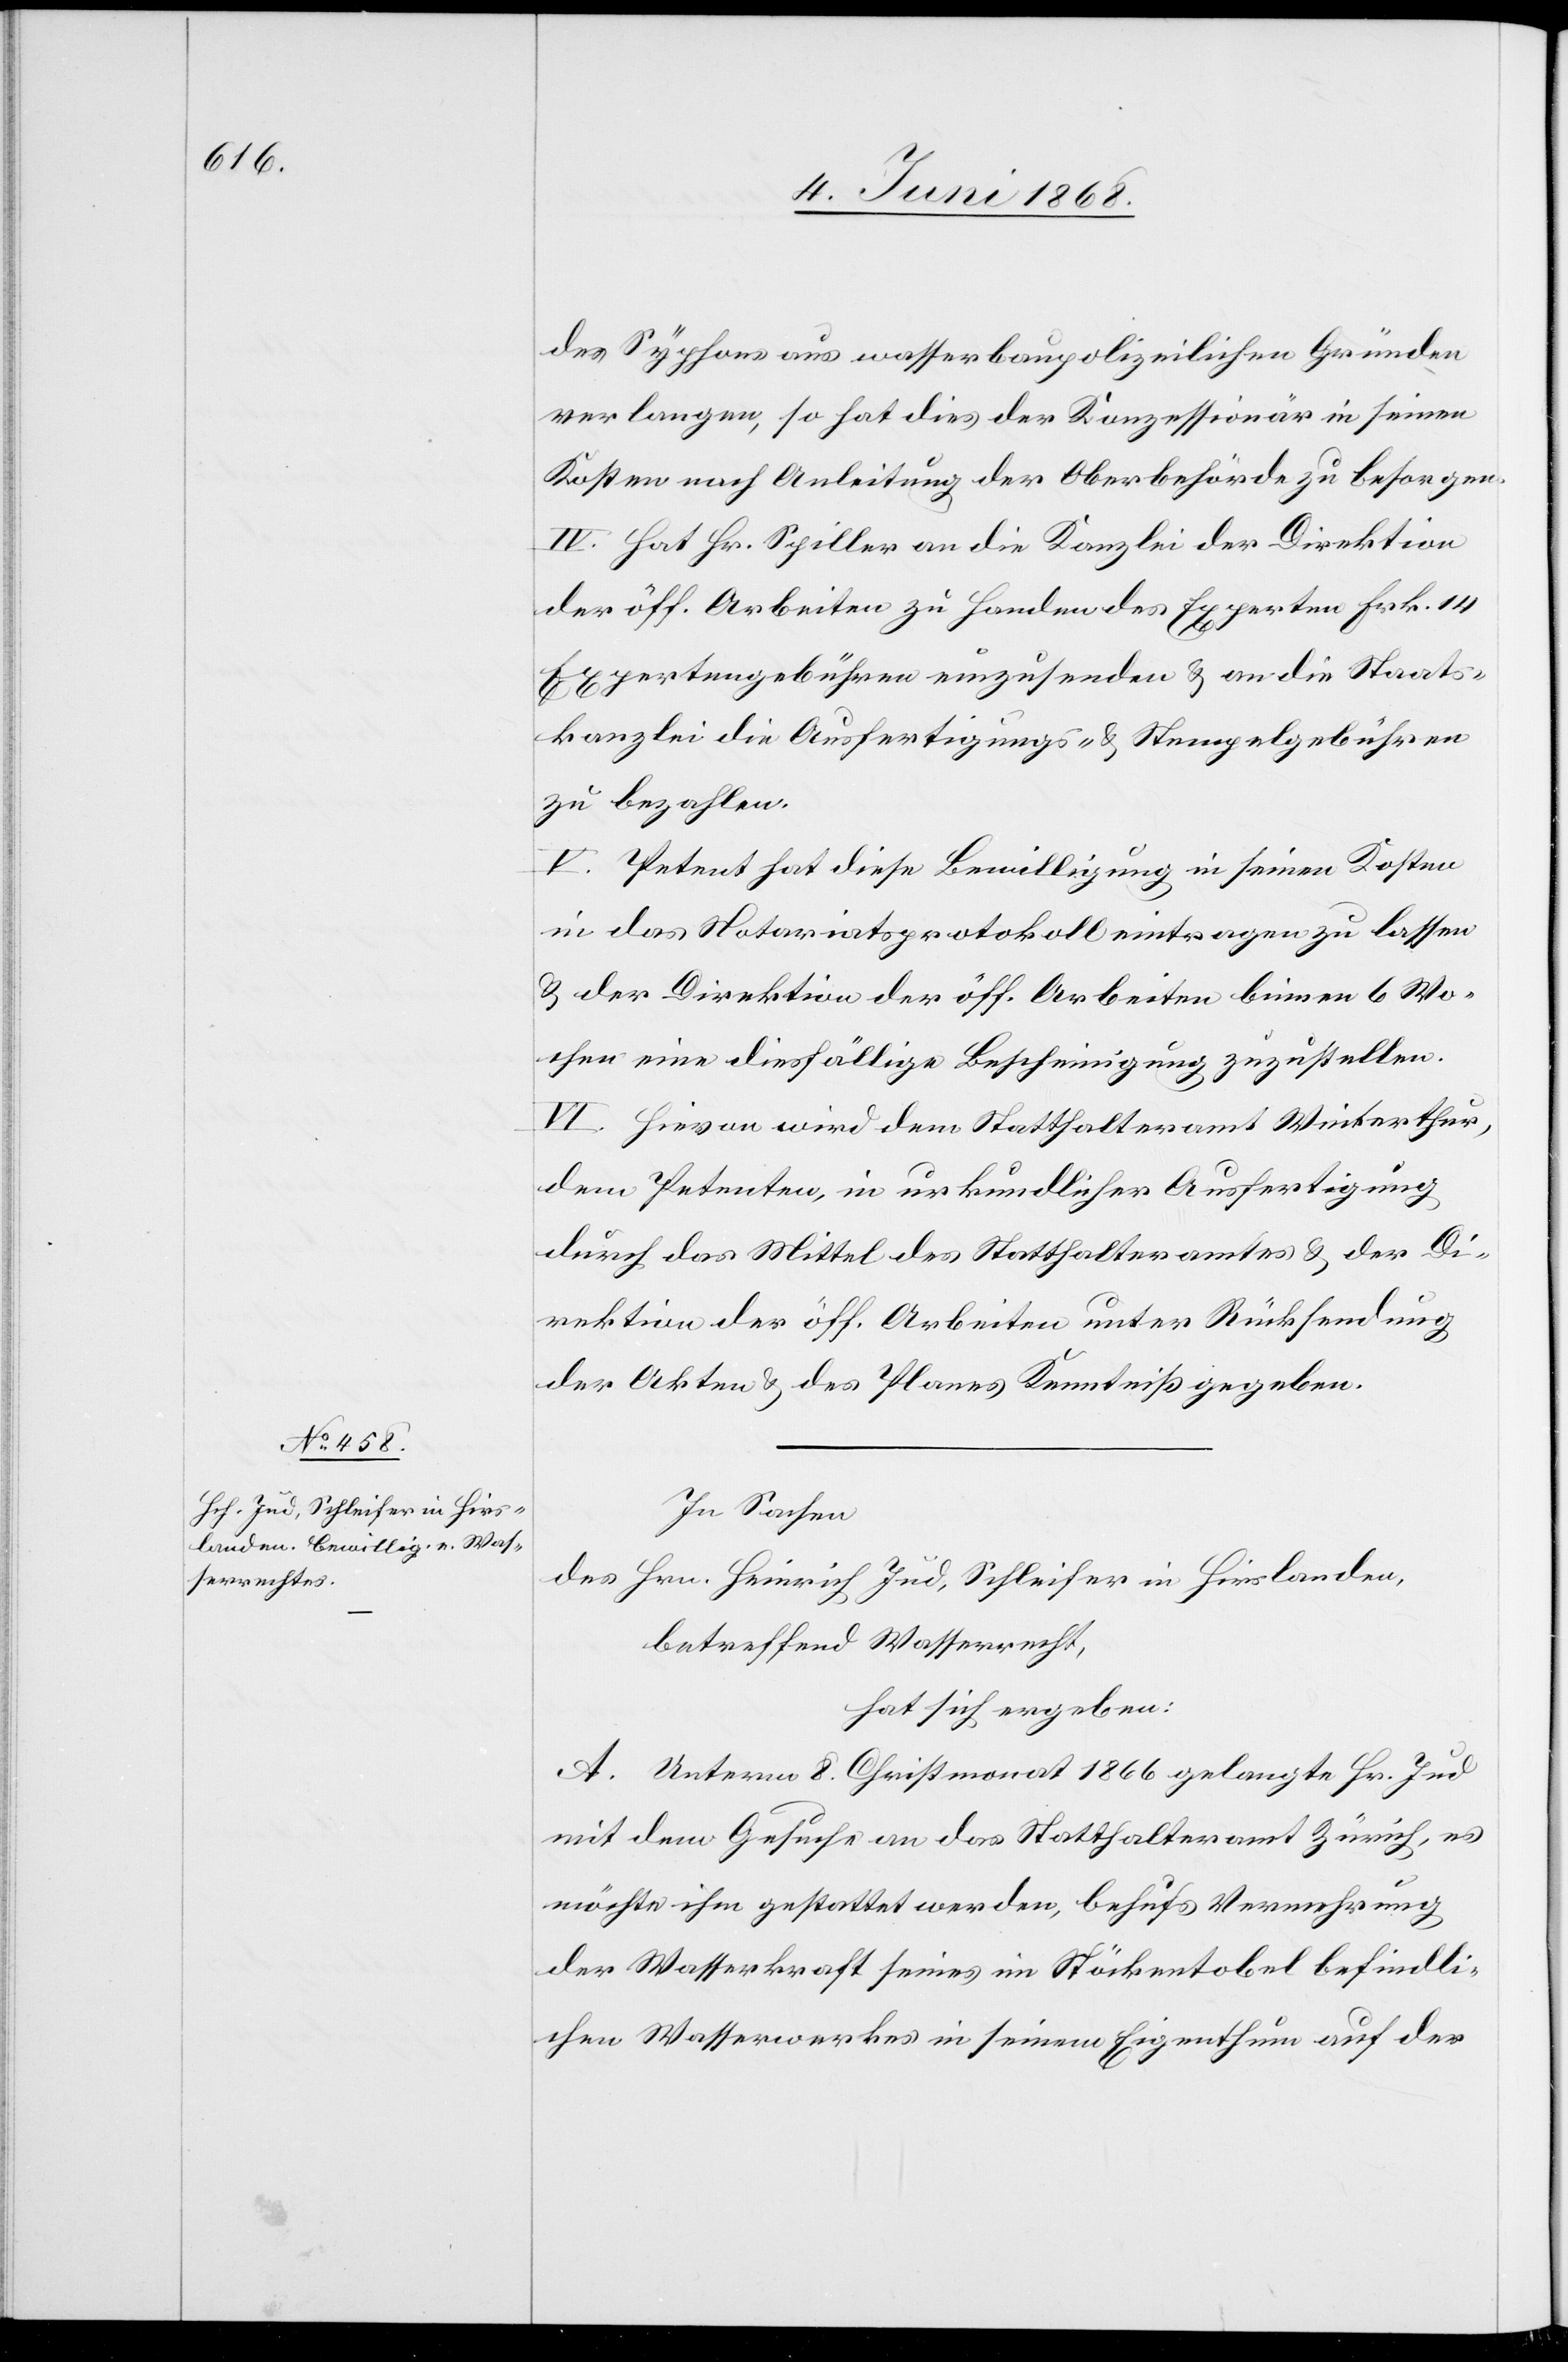
des Syphons aus wasserbaupolizeilichen Gründen
verlangen, so hat dies der Konzessionär in seinen
Kosten nach Anleitung der Oberbehörde zu besorgen.
IV. Hat Hr. Spiller an die Kanzlei der Direktion
der öff. Arbeiten zu Handen des Experten Frk. 14
Expertengebühren einzusenden & an die Staats¬
kanzlei die Ausfertigungs- & Stempelgebühren
zu bezahlen.
V. Petent hat diese Bewilligung in seinen Kosten
in das Notariatsprotokoll eintragen zu lassen
& der Direktion der öff. Arbeiten binnen 6 Wo¬
chen eine diesfällige Bescheinigung zuzustellen.
VI. Hievon wird dem Statthalteramt Winterthur,
dem Petenten, in urkundlicher Ausfertigung
durch das Mittel des Statthalteramtes & der Di¬
rektion der öff. Arbeiten unter Rücksendung
der Akten & des Planes Kenntniß gegeben.
In Sachen
des Hrn. Heinrich Jud, Schleifer in Hirslanden,
betreffend Wasserrecht,
hat sich ergeben:
A. Unterm 8. Christmonat 1866 gelangte Hr. Jud
mit dem Gesuche an das Statthalteramt Zürich, es
möchte ihm gestattet werden, behufs Vermehrung
der Wasserkraft seines im Stöckentobel befindli¬
chen Wasserwerkes in seinem Eigenthum auf der